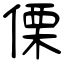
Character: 傈